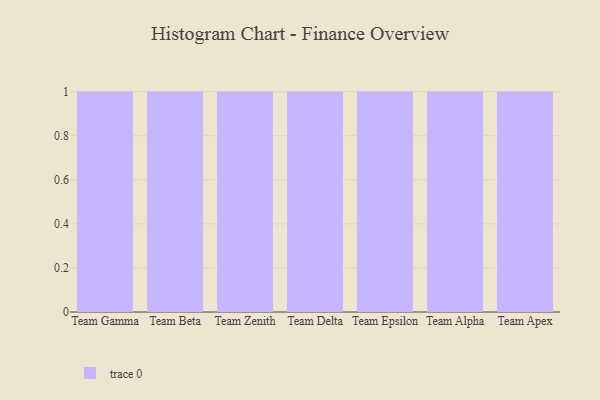
{"axis": {"x": "Team", "y": "Market Share (%)"}, "legend": [""], "data": [{"x": "Team Gamma", "y": 35, "type": ""}, {"x": "Team Beta", "y": 74, "type": ""}, {"x": "Team Zenith", "y": 34, "type": ""}, {"x": "Team Delta", "y": 45, "type": ""}, {"x": "Team Epsilon", "y": 63, "type": ""}, {"x": "Team Alpha", "y": 22, "type": ""}, {"x": "Team Apex", "y": 93, "type": ""}]}